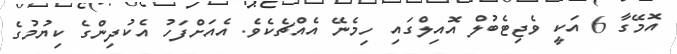
އޮމޭގާ 6 އަކީ ވެޖިޓެބުލް އޮއިލްގައި ހިމެނޭ އެއްޗެކެވެ. އެއަށްފަހު އެކުދިންގެ ކިޔުމުގެ